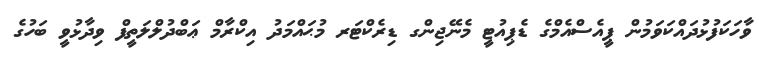
ވާހަކަފުޅުދައްކަވަމުން ޕީއެސްއެމްގެ ޑެޕިއުޓީ މެނޭޖިންގ ޑިރެކްޓަރ މުޙައްމަދު އިކްރާމް ޢަބްދުލްލަތީފް ވިދާޅުވީ ބަހުގެ